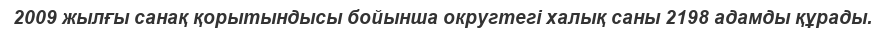
2009 жылғы санақ қорытындысы бойынша округтегі халық саны 2198 адамды құрады.